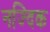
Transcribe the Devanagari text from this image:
नज्दिक